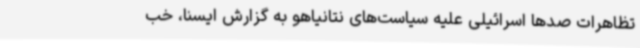
تظاهرات صدها اسرائیلی‌ علیه سیاست‌های نتانیاهو به گزارش ایسنا، خب